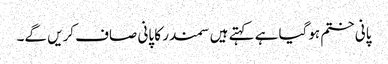
پانی ختم ہوگیا ہے کہتے ہیں سمندر کا پانی صاف کریں گے۔